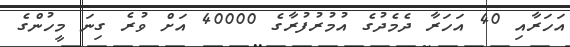
އަހަރާއި 40 އަހަރާ ދެމެދުގެ އުމުރުފުރާގެ 40000 އަށް ވުރެ ގިނަ މީހުންގެ